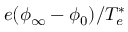
e ( \phi _ { \infty } - \phi _ { 0 } ) / T _ { e } ^ { * }